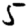
Digit: 5